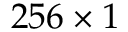
2 5 6 \times 1